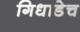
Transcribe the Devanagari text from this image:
गिधाडेच